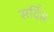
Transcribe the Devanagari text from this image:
सर्दिस